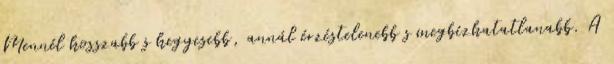
Mennél hosszabb s hegyesebb, annál érzéstelenebb s megbízhatatlanabb. A